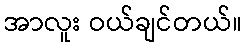
အာလူး ဝယ်ချင်တယ်။